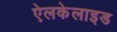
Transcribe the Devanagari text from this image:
ऐलकेलाइड